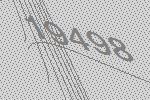
19498